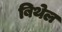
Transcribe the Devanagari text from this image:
बिथेल